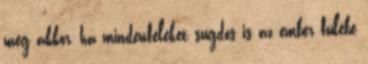
még akkor, ha mindenféléket sugdos is az ember fülébe